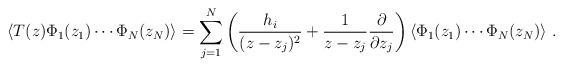
LaTeX: \begin{align*} \langle T (z) \Phi_1 (z_1) \cdots \Phi_N (z_N)\rangle = \sum^N_{j=1} \left( \frac{h_i}{(z-z_j)^2} + \frac{1}{z-z_j} \frac{\partial}{\partial z_j} \right) \langle\Phi_1(z_1) \cdots \Phi_N (z_N) \rangle~.\end{align*}